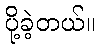
ပို့ခဲ့တယ်။